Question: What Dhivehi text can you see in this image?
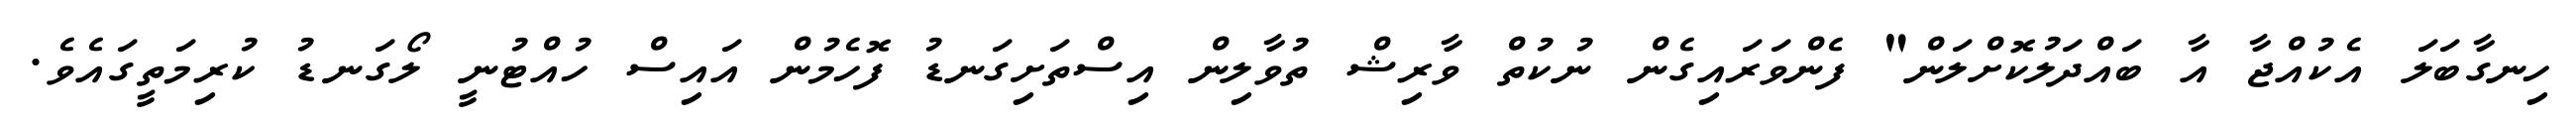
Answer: ހިނގާބަލަ އެކުއްޖާ އާ ބައްދަލުކޮށްލަން" ފެންވަރައިގެން ނުކުތް ވާރިޝް ތުވާލިން އިސްތަށިގަނޑު ފޮހެމުން އައިސް ހުއްޓުނީ ލޯގަނޑު ކުރިމަތީގައެވެ.